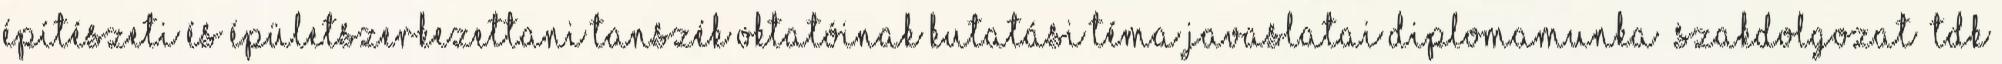
Építészeti és Épületszerkezettani Tanszék oktatóinak kutatási téma javaslatai Diplomamunka Szakdolgozat TDK